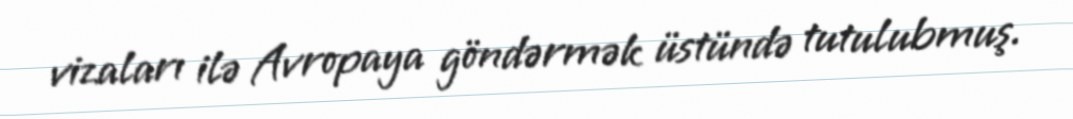
vizaları ilə Avropaya göndərmək üstündə tutulubmuş.